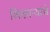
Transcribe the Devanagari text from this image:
शिकाऱ्यांचे